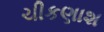
ચીકણાશ